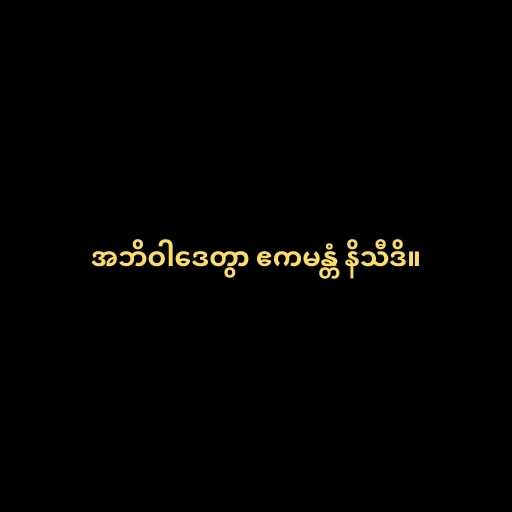
အဘိဝါဒေတွာ ဧကမန္တံ နိသီဒိ။